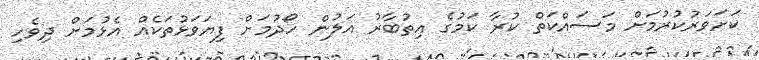
ކަށަވަރުކުރުމަށް މަސައްކަތް ކުރާ ކަމުގެ އިތުބާރު އަލުން ހޯދުމަށް ފިޔަވަޅުތަކެއް އެޅުމަށް ދިވެހި